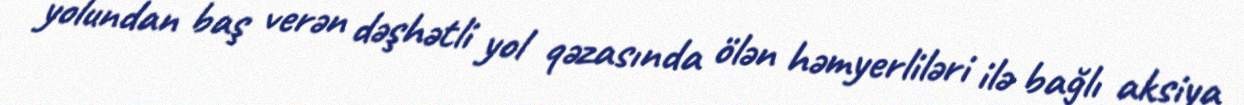
yolundan baş verən dəşhətli yol qəzasında ölən həmyerliləri ilə bağlı aksiya